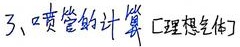
3、喷管的计算 [理想气体]